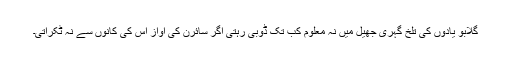
گلابو یادوں کی تلخ گہری جھیل میں نہ معلوم کب تک ڈوبی رہتی اگر سائرن کی آواز اْس کی کانوں سے نہ ٹکراتی۔